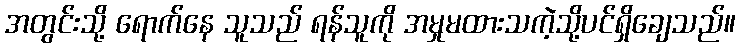
အတွင်းသို့ ရောက်နေ သူသည် ရန်သူကို အမှုမထားသကဲ့သို့ပင်ရှိချေသည်။